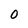
Character: 0